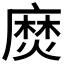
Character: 𪎖